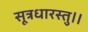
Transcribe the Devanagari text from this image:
सूत्रधारस्तु।।